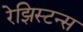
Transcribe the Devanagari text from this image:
रेझिस्टन्स